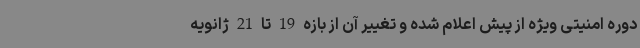
دوره امنیتی ویژه از پیش اعلام شده و تغییر آن از بازه 19 تا 21 ژانویه